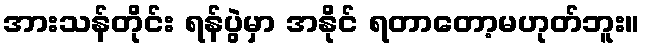
အားသန်တိုင်း ရန်ပွဲမှာ အနိုင် ရတာတော့မဟုတ်ဘူး။